Scottish Certificate of Education, 1962
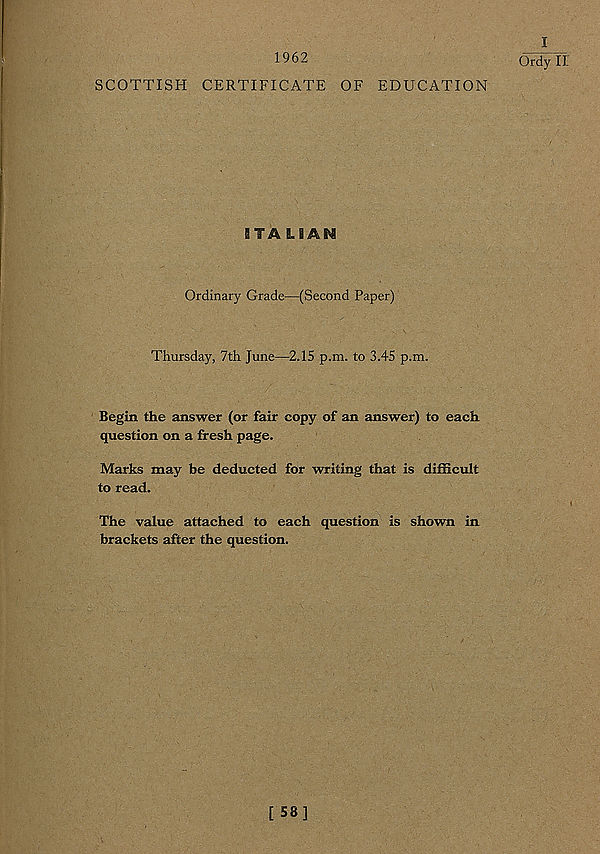
1962
SCOTTISH CERTIFICATE OF EDUCATION
I
Ordyll
STA LIAM
Ordinary Grade—(Second Paper)
Thursday, 7th June—2.15 p.m. to 3.45 p.m.
Begin the answer (or fair copy of an answer) to each
question on a fresh page.
Marks may be deducted for writing that is difficult
to read.
The value attached to each question is shown in
brackets after the question.
[58]